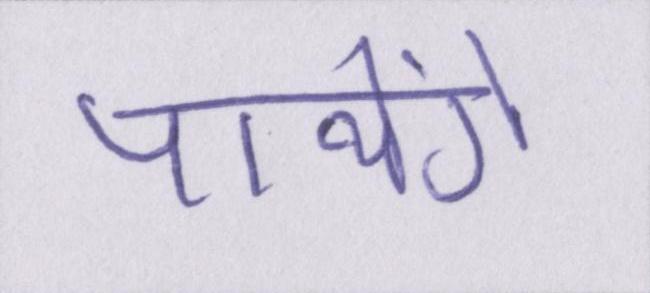
पायेंगे